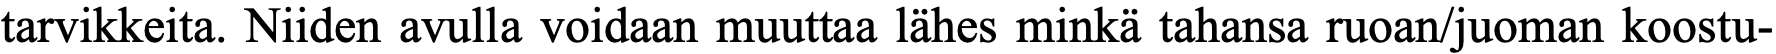
tarvikkeita. Niiden avulla voidaan muuttaa lähes minkä tahansa ruoan/juoman koostu-